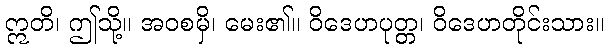
ဣတိ၊ ဤသို့။ အဝစမှိ၊ မေး၏။ ဝိဒေဟပုတ္တ၊ ဝိဒေဟတိုင်းသား။